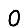
Digit: 0